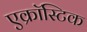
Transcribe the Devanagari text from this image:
एक्रॉस्टिक